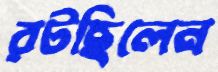
রটছিলেন